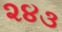
૨૪૩